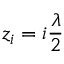
z _ { i } = i \frac { \lambda } { 2 }